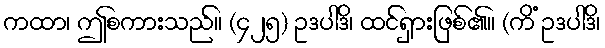
ကထာ၊ ဤစကားသည်။ (၄၂၅) ဥဒပါဒိ၊ ထင်ရှားဖြစ်၏။ (ကိံ ဥဒပါဒိ၊